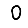
Digit: 0